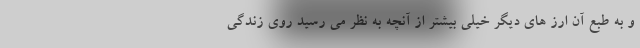
و به طبع آن ارز های دیگر خیلی بیشتر از آنچه به نظر می رسید روی زندگی